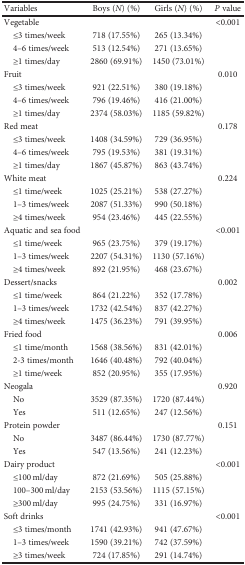
<table><thead><tr><td><b>Variables</b></td><td><b>Boys (<i>N</i>) (%)</b></td><td><b>Girls (<i>N</i>) (%)</b></td><td><b><i>P</i> value</b></td></tr></thead><tbody><tr><td>Vegetable</td><td></td><td></td><td>&lt;0.001</td></tr><tr><td> ≤3 times/week</td><td>718 (17.55%)</td><td>265 (13.34%)</td><td></td></tr><tr><td> 4–6 times/week</td><td>513 (12.54%)</td><td>271 (13.65%)</td><td></td></tr><tr><td> ≥1 times/day</td><td>2860 (69.91%)</td><td>1450 (73.01%)</td><td></td></tr><tr><td>Fruit</td><td></td><td></td><td>0.010</td></tr><tr><td> ≤3 times/week</td><td>921 (22.51%)</td><td>380 (19.18%)</td><td></td></tr><tr><td> 4–6 times/week</td><td>796 (19.46%)</td><td>416 (21.00%)</td><td></td></tr><tr><td> ≥1 times/day</td><td>2374 (58.03%)</td><td>1185 (59.82%)</td><td></td></tr><tr><td>Red meat</td><td></td><td></td><td>0.178</td></tr><tr><td> ≤3 times/week</td><td>1408 (34.59%)</td><td>729 (36.95%)</td><td></td></tr><tr><td> 4–6 times/week</td><td>795 (19.53%)</td><td>381 (19.31%)</td><td></td></tr><tr><td> ≥1 times/day</td><td>1867 (45.87%)</td><td>863 (43.74%)</td><td></td></tr><tr><td>White meat</td><td></td><td></td><td>0.224</td></tr><tr><td> ≤1 time/week</td><td>1025 (25.21%)</td><td>538 (27.27%)</td><td></td></tr><tr><td> 1–3 times/week</td><td>2087 (51.33%)</td><td>990 (50.18%)</td><td></td></tr><tr><td> ≥4 times/week</td><td>954 (23.46%)</td><td>445 (22.55%)</td><td></td></tr><tr><td>Aquatic and sea food</td><td></td><td></td><td>&lt;0.001</td></tr><tr><td> ≤1 time/week</td><td>965 (23.75%)</td><td>379 (19.17%)</td><td></td></tr><tr><td> 1–3 times/week</td><td>2207 (54.31%)</td><td>1130 (57.16%)</td><td></td></tr><tr><td> ≥4 times/week</td><td>892 (21.95%)</td><td>468 (23.67%)</td><td></td></tr><tr><td>Dessert/snacks</td><td></td><td></td><td>0.002</td></tr><tr><td> ≤1 time/week</td><td>864 (21.22%)</td><td>352 (17.78%)</td><td></td></tr><tr><td> 1–3 times/week</td><td>1732 (42.54%)</td><td>837 (42.27%)</td><td></td></tr><tr><td> ≥4 times/week</td><td>1475 (36.23%)</td><td>791 (39.95%)</td><td></td></tr><tr><td>Fried food</td><td></td><td></td><td>0.006</td></tr><tr><td> ≤1 time/month</td><td>1568 (38.56%)</td><td>831 (42.01%)</td><td></td></tr><tr><td> 2-3 times/month</td><td>1646 (40.48%)</td><td>792 (40.04%)</td><td></td></tr><tr><td> ≥1 time/week</td><td>852 (20.95%)</td><td>355 (17.95%)</td><td></td></tr><tr><td>Neogala</td><td></td><td></td><td>0.920</td></tr><tr><td> No</td><td>3529 (87.35%)</td><td>1720 (87.44%)</td><td></td></tr><tr><td> Yes</td><td>511 (12.65%)</td><td>247 (12.56%)</td><td></td></tr><tr><td>Protein powder</td><td></td><td></td><td>0.151</td></tr><tr><td> No</td><td>3487 (86.44%)</td><td>1730 (87.77%)</td><td></td></tr><tr><td> Yes</td><td>547 (13.56%)</td><td>241 (12.23%)</td><td></td></tr><tr><td>Dairy product</td><td></td><td></td><td>&lt;0.001</td></tr><tr><td> ≤100 ml/day</td><td>872 (21.69%)</td><td>505 (25.88%)</td><td></td></tr><tr><td> 100–300 ml/day</td><td>2153 (53.56%)</td><td>1115 (57.15%)</td><td></td></tr><tr><td> ≥300 ml/day</td><td>995 (24.75%)</td><td>331 (16.97%)</td><td></td></tr><tr><td>Soft drinks</td><td></td><td></td><td>&lt;0.001</td></tr><tr><td> ≤3 times/month</td><td>1741 (42.93%)</td><td>941 (47.67%)</td><td></td></tr><tr><td> 1–3 times/week</td><td>1590 (39.21%)</td><td>742 (37.59%)</td><td></td></tr><tr><td> ≥3 times/week</td><td>724 (17.85%)</td><td>291 (14.74%)</td><td></td></tr></tbody></table>